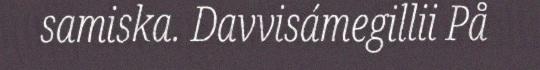
samiska. Davvisámegillii På